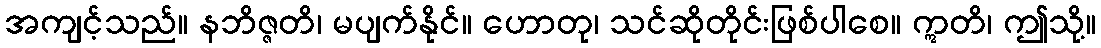
အကျင့်သည်။ နဘိဇ္ဇတိ၊ မပျက်နိုင်။ ဟောတု၊ သင်ဆိုတိုင်းဖြစ်ပါစေ။ ဣတိ၊ ဤသို့။